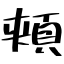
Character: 頬